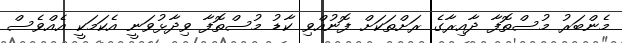
މެންބަރު މުސްތޮފާ ދާއިރާގެ ރަށްތަކަށް ފޮނުއްވި ކާޑު މުސްތޮފާ ވިދާޅުވަނީ އެކަމަކީ އެއްވެސް